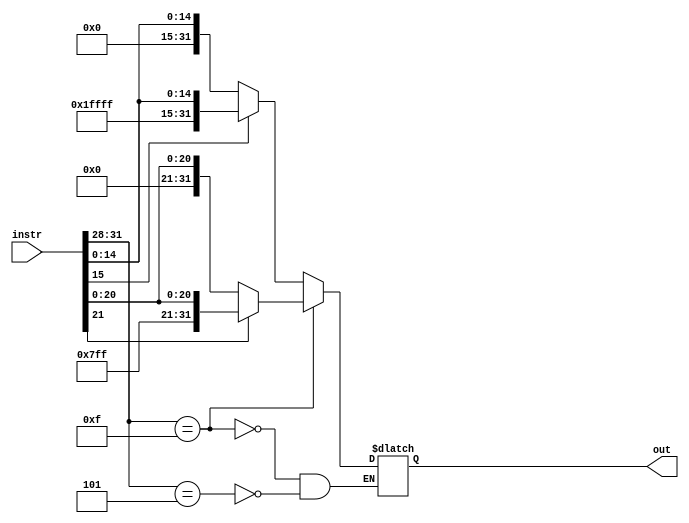
`timescale 1ns / 1ps
//////////////////////////////////////////////////////////////////////////////////
// Company: 
// Engineer: 
// 
// Design Name: 
// Module Name: imm_gen
// Project Name: 
// Target Devices: 
// Tool Versions: 
// Description: 
// 
// Dependencies: 
// 
// Revision:
// Revision 0.01 - File Created
// Additional Comments:
// 
//////////////////////////////////////////////////////////////////////////////////


module imm_gen(instr, out);
    input [31:0] instr;
    output reg [31:0] out;
    
    always@(instr) begin
        if (instr[31:28] == 4'b0101) //increment 
        begin
            // sign extend the result 
            if (instr[15] == 0)
                out = {16'b0000000000000000, instr[15:0]};
            else
                out = {16'b1111111111111111, instr[15:0]};
        end
        
        if (instr[31:28] == 4'b1111) //save pc 
        begin
            // sign extend the result 
            if (instr[21] == 0)
                out = {10'b0000000000, instr[21:0]};
            else
                out = {10'b1111111111, instr[21:0]};
        end
    end
endmodule